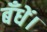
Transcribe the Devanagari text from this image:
बँधें।